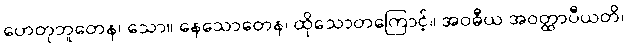
ဟေတုဘူတေန၊ သော။ နေသောတေန၊ ထိုသောတကြောင့်။ အဝဓီယ အဝတ္ထာပီယတိ၊